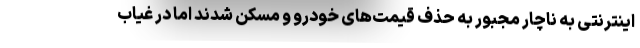
اینترنتی به ناچار مجبور به حذف قیمت‌های خودرو و مسکن شدند اما در غیاب